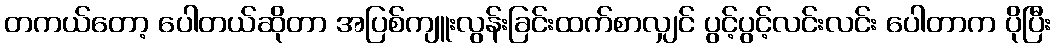
တကယ်တော့ ပေါတယ်ဆိုတာ အပြစ်ကျူးလွန်းခြင်းထက်စာလျှင် ပွင့်ပွင့်လင်းလင်း ပေါတာက ပိုပြီး